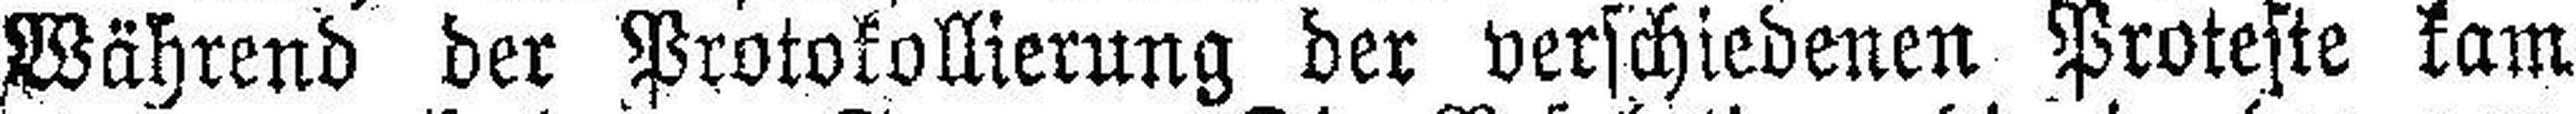
Während der Protokollierung der verschiedenen Proteste kam